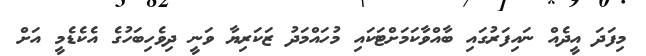
މިފަދަ އީދެއް ނައިފަރުގައި ބާއްވާކަމަށްޓަކައި މުހައްމަދު ޒަކަރިޔާ ވަނީ ދިވެހިބަހުގެ އެކެޑެމީ އަށް